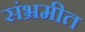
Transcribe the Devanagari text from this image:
संभ्रमीत